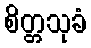
စိတ္တသုခံ